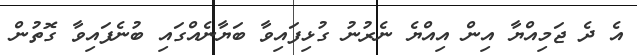
އެ ދެ ޖަމިއްޔާ އިން އިއްޔެ ނެރުނު ގުޅިފައިވާ ބަޔާނެއްގައި ބުނެފައިވާ ގޮތުން